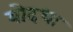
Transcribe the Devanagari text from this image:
योदधा